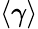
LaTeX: \langle\gamma\rangle